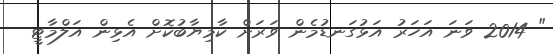
" 2014 ވަނަ އަހަރު އަޅުގަނޑުމެން ވަރަށް ކާމިޔާބުކޮށް އެޅިން އަލްމާޓީ